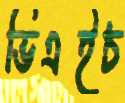
ভিএইচ